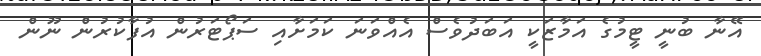
އޭނާ ބުނީ ޓީމުގެ އަމާޒަކީ އަބަދުވެސް އެއްވަނަ ކަމަށާއި ސަޕޯޓަރުން އުފާކުރުން ނޫން